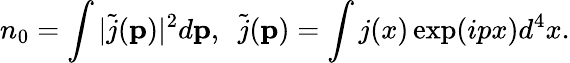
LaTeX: n_{0}=\int|\tilde{j}({\mathbf p})|^{2}d{\mathbf p},~~\tilde{j}({\mathbf p})=\int j(x)\exp(ipx)d^{4}x.